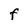
Character: F